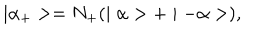
LaTeX: \mid \alpha _ { + } > = N _ { + } ( \mid \alpha > + \mid - \alpha > ) ,